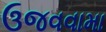
ઉજવવામા